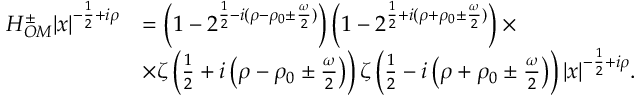
\begin{array} { r l } { H _ { O M } ^ { \pm } | x | ^ { - \frac { 1 } { 2 } + i \rho } } & { = \left( 1 - 2 ^ { \frac { 1 } { 2 } - i ( \rho - \rho _ { 0 } \pm \frac { \omega } { 2 } ) } \right) \left( 1 - 2 ^ { \frac { 1 } { 2 } + i ( \rho + \rho _ { 0 } \pm \frac { \omega } { 2 } ) } \right) \times } \\ & { \times \zeta \left( \frac { 1 } { 2 } + i \left( \rho - \rho _ { 0 } \pm \frac { \omega } { 2 } \right) \right) \zeta \left( \frac { 1 } { 2 } - i \left( \rho + \rho _ { 0 } \pm \frac { \omega } { 2 } \right) \right) | x | ^ { - \frac { 1 } { 2 } + i \rho } . } \end{array}